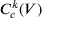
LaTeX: C _ { c } ^ { k } ( V )